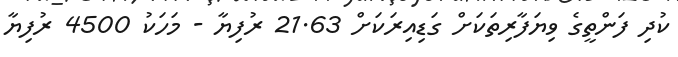
ކުދި ފަންތީގެ ވިޔަފާރިތަކަށް ގަޑިއިރަކަށް 21.63 ރުފިޔާ - މަހަކު 4500 ރުފިޔާ